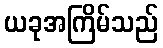
ယခုအကြိမ်သည်